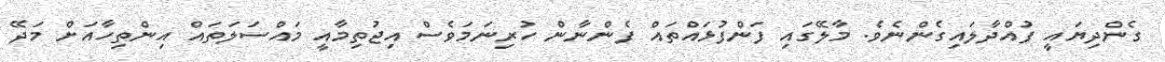
ގެންދިޔައީ ފުއްދާލައިގެންނެވެ. މާލޭގައި ފަންފުޅައްތައް ފެންނާން ހުރިނަމަވެސް އިޖުތިމާއީ މައްސަލަތައް އިންތިހާއަށް މަދޭ